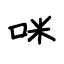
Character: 咪